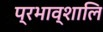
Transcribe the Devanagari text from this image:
प्रभाव्शालि